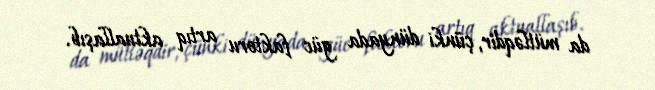
da mütləqdir, çünki dünyada güc faktoru artıq aktuallaşıb.